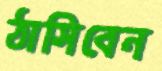
ঠাসিবেন